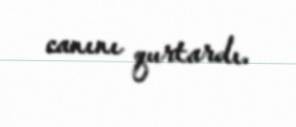
canını qurtardı.